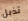
تذبل